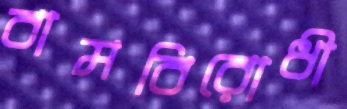
বামবিরোধী